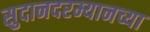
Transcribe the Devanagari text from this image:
सुदानदरम्यानच्या